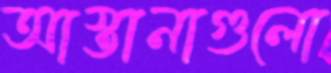
আস্তানাগুলো